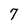
Character: 7